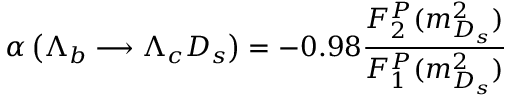
\alpha \left( \Lambda _ { b } \longrightarrow \Lambda _ { c } D _ { s } \right) = - 0 . 9 8 \frac { { \cal F } _ { 2 } ^ { P } ( m _ { D _ { s } } ^ { 2 } ) } { { \cal F } _ { 1 } ^ { P } ( m _ { D _ { s } } ^ { 2 } ) }